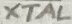
Text: XTAL